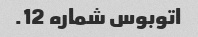
اتوبوس شماره 12.